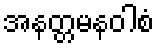
အနတ္တမနဝါစံ